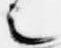
之